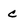
Character: c